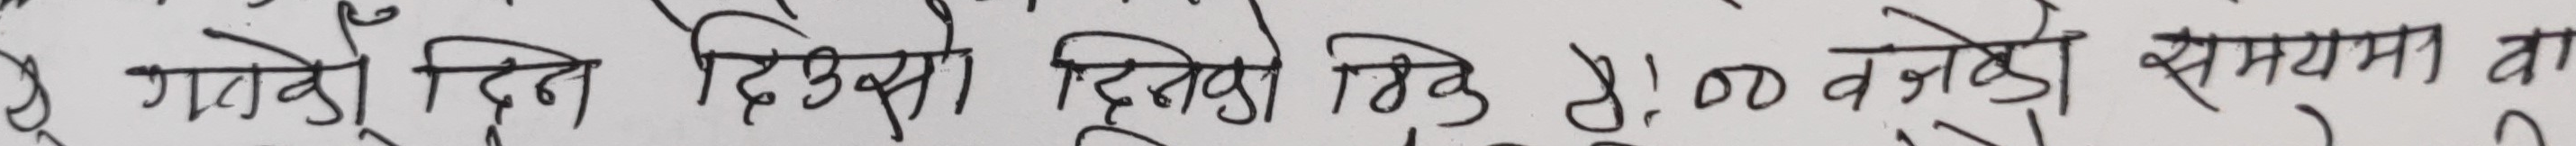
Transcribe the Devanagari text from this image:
गएको दिन देखी दिनेको मृत्यु 100 वर्षेको समयमा वा